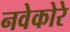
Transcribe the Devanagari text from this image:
नवेकोरे